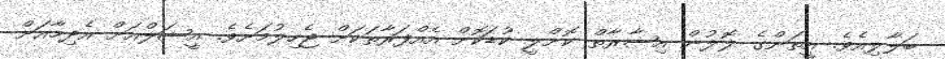
ބަލާލިއެވެ. އީތަންގެ ލޮލުން އިޝާރާތް ކޮށްލީ ކުޑަކޮށް އެއްފަރާތަކަށް ޖެހިލުމަށެވެ. އީޝަލްއަށް އެދިމާއަށް